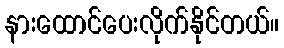
နားထောင်ပေးလိုက်နိုင်တယ်။